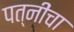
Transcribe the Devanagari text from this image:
पत्नींचा